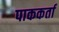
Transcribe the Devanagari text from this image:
पाककर्ता